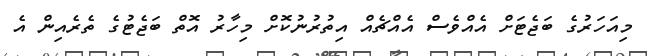
މިއަހަރުގެ ބަޖެޓަށް އެއްވެސް އެއްޗެއް އިތުރުނުކޮށް މިހާރު އޮތް ބަޖެޓުގެ ތެރެއިން އެ